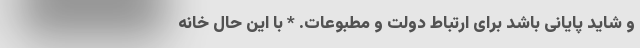
و شاید پایانی باشد برای ارتباط دولت و مطبوعات. * با این حال خانه